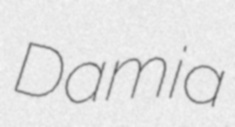
Damia